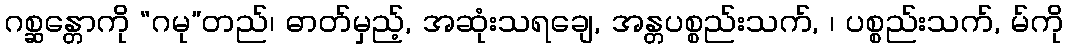
ဂစ္ဆန္တောကို “ဂမု”တည်၊ ဓာတ်မှည့်, အဆုံးသရချေ, အန္တပစ္စည်းသက်, ၊ ပစ္စည်းသက်, မ်ကို